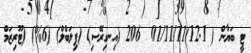
ޓީ ބަޔާން ( 12.1)01/11/11  206 (އިނގިރޭސި) (ފިލަބްލް) (6%) (ޓޫރިޒަމް